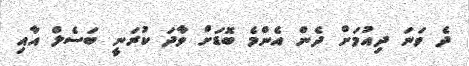
ދެ ވަނަ ދިއުމަށް ދެން އެންމެ ބޮޑަށް ވާދަ ކުރަނީ ބަސެލް އާއި